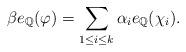
LaTeX: \begin{align*} \beta e_{\mathbb{Q}}(\varphi)=\sum_{1\leq i \leq k}\alpha_{i}e_{\mathbb{Q}}(\chi_{i}).\end{align*}